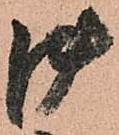
御